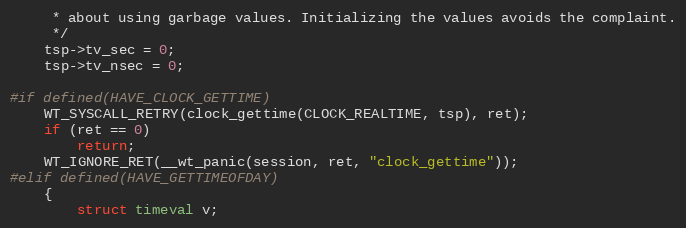
Language: C
     * about using garbage values. Initializing the values avoids the complaint.
     */
    tsp->tv_sec = 0;
    tsp->tv_nsec = 0;

#if defined(HAVE_CLOCK_GETTIME)
    WT_SYSCALL_RETRY(clock_gettime(CLOCK_REALTIME, tsp), ret);
    if (ret == 0)
        return;
    WT_IGNORE_RET(__wt_panic(session, ret, "clock_gettime"));
#elif defined(HAVE_GETTIMEOFDAY)
    {
        struct timeval v;